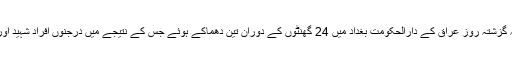
واضح رہے کہ گزشتہ روز عراق کے دارالحکومت بغداد میں 24 گھنٹوں کے دوران تین دھماکے ہوئے جس کے نتیجے میں درجنوں افراد شہید اور زخمی ہوئے۔